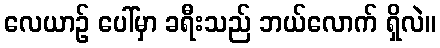
လေယာဉ် ပေါ်မှာ ခရီးသည် ဘယ်လောက် ရှိလဲ။